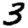
Digit: 3